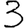
Digit: 3